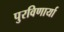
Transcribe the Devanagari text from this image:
पुरविणार्या